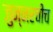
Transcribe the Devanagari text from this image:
जुन्‍नरचीच